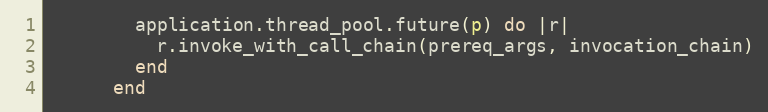
Language: Ruby
        application.thread_pool.future(p) do |r|
          r.invoke_with_call_chain(prereq_args, invocation_chain)
        end
      end